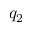
q _ { 2 }